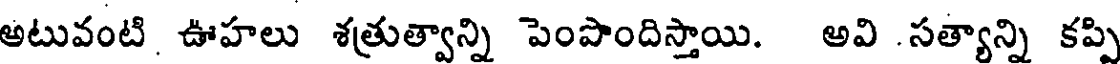
అటువంటి. ఊహలు శత్రుత్వాన్ని పెంపొందిస్తాయి. అవి .సత్యాన్ని కప్పి